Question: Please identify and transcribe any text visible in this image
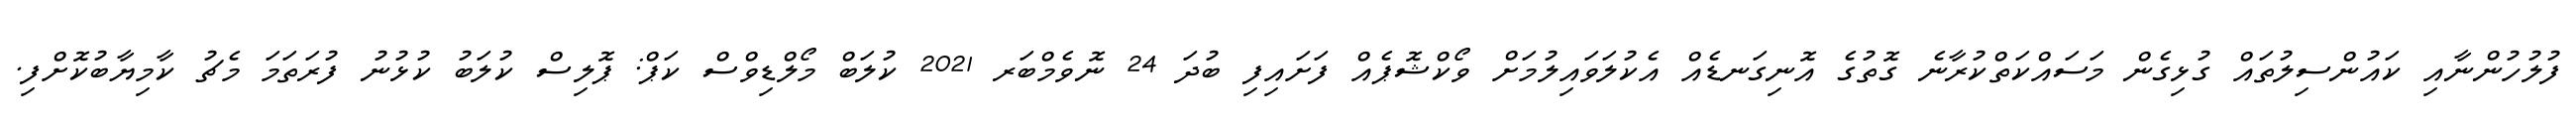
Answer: ފުލުހުންނާއި ކައުންސިލުތައް ގުޅިގެން މަސައްކަތްކުރާނެ ގޮތުގެ އޮނިގަނޑެއް އެކުލަވައިލުމަށް ވޯކްޝޮޕެއް ފަށައިފި ބުދަ 24 ނޮވެމްބަރ 2021 ކުލަބް މޯލްޑިވްސް ކަޕް: ޕޮލިސް ކުލަބު ކުޅުނު ފުރަތަމަ މެޗު ކާމިޔާބުކޮށްފި.